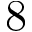
8